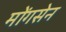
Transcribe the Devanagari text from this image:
मोंगसेन